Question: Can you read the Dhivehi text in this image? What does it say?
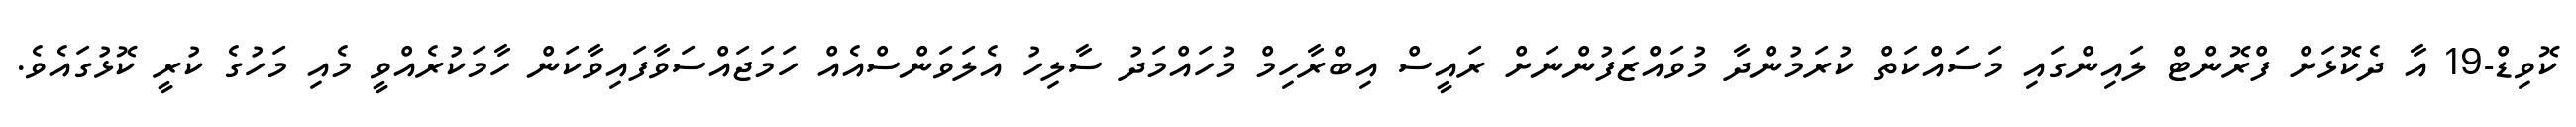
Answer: ކޮވިޑް-19 އާ ދެކޮޅަށް ފްރޮންޓް ލައިންގައި މަސައްކަތް ކުރަމުންދާ މުވައްޒަފުންނަށް ރައީސް އިބްރާހިމް މުހައްމަދު ސާލިހު އެލަވަންސްއެއް ހަމަޖައްސަވާފައިވާކަން ހާމަކުރެއްވީ މެއި މަހުގެ ކުރީ ކޮޅުގައެވެ.